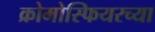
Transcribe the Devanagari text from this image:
क्रोमोस्फियरच्या